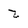
Character: z